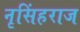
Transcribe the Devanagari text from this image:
नृसिंहराज